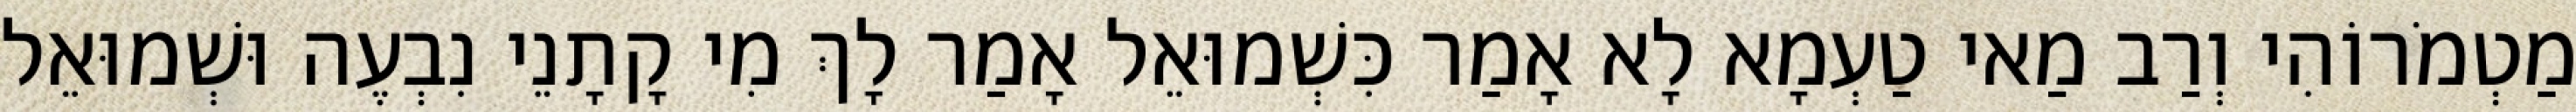
מַטְמֹרוֹהִי וְרַב מַאי טַעְמָא לָא אָמַר כִּשְׁמוּאֵל אָמַר לָךְ מִי קָתָנֵי נִבְעֶה וּשְׁמוּאֵל